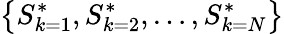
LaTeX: \left\{ S_{k=1}^{*},S_{k=2}^{*},\ldots,S_{k=N}^{*}\right\}